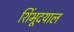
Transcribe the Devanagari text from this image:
शिंभूदयाल